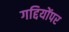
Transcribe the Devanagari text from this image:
गद्दियोंपर